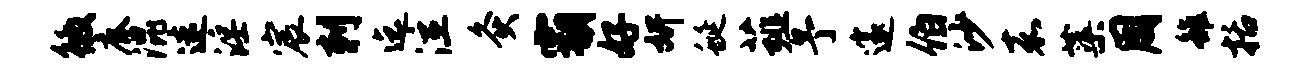
徼鹿混迷淫宸刺迄泣灸霸好妍蜒薤予邃伯沙嘉蕖周雒括